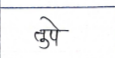
मजकूर: तुपे